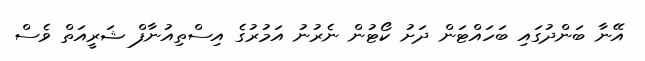
އޭނާ ބަންދުގައި ބަހައްޓަން ދަށު ކޯޓުން ނެރުނު އަމުރުގެ އިސްތިއުނާފް ޝަރީއަތް ވެސް